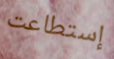
إستطاعت